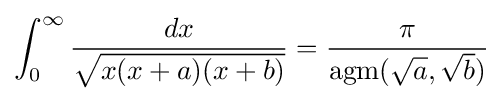
\int _{0}^{\infty }{\frac {dx}{\sqrt {x(x+a)(x+b)}}}={\frac {\pi }{\operatorname {agm} ({\sqrt {a}},{\sqrt {b}})}}